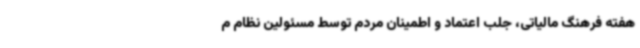
هفته فرهنگ مالیاتی، جلب اعتماد و اطمینان مردم توسط مسئولین نظام م